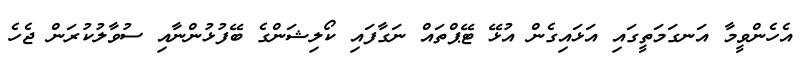
އެހެންވީމާ އަނގަމަތީގައި އަޅައިގެން އުޅޭ ޓޭޕްތައް ނަގާފައި ކޯލިޝަންގެ ބޭފުޅުންނާއި ސުވާލުކުރަން ޖެހެ